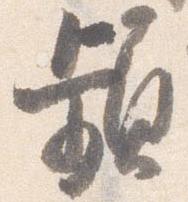
頻